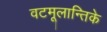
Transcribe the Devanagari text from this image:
वटमूलान्तिके